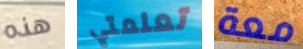
هذه تعلمتي معة